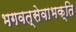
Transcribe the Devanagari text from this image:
भगवत्सेवाभक्ति